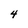
Character: 4